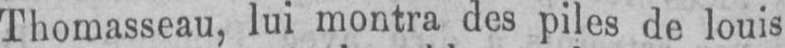
Thomasseau, lui montra des piles de louis